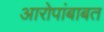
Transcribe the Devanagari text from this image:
आरोपांबाबत